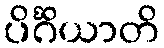
ပိင်္ဂိယာတိ